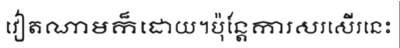
វៀតណាមក៏ដោយ។ប៉ុន្តែការសរសើរនេះ